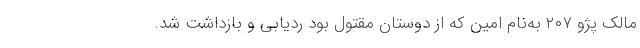
مالک پژو ۲۰۷ به‌نام امین که از دوستان مقتول بود ردیابی و بازداشت شد.